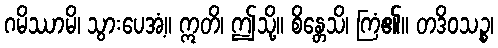
ဂမိဿာမိ၊ သွားပေအံ့။ ဣတိ၊ ဤသို့။ စိန္တေသိ၊ ကြံ၏။ တဒိဝသဉ္စ၊